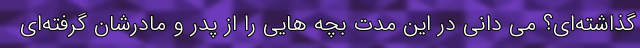
گذاشته‌ای؟ می دانی در این مدت بچه هایی را از پدر و مادرشان گرفته‌ای